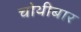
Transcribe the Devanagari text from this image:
चोथीबार